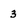
Character: 3